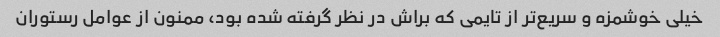
خیلی خوشمزه و سریع‌تر از تایمی که براش در نظر گرفته شده بود، ممنون از عوامل رستوران